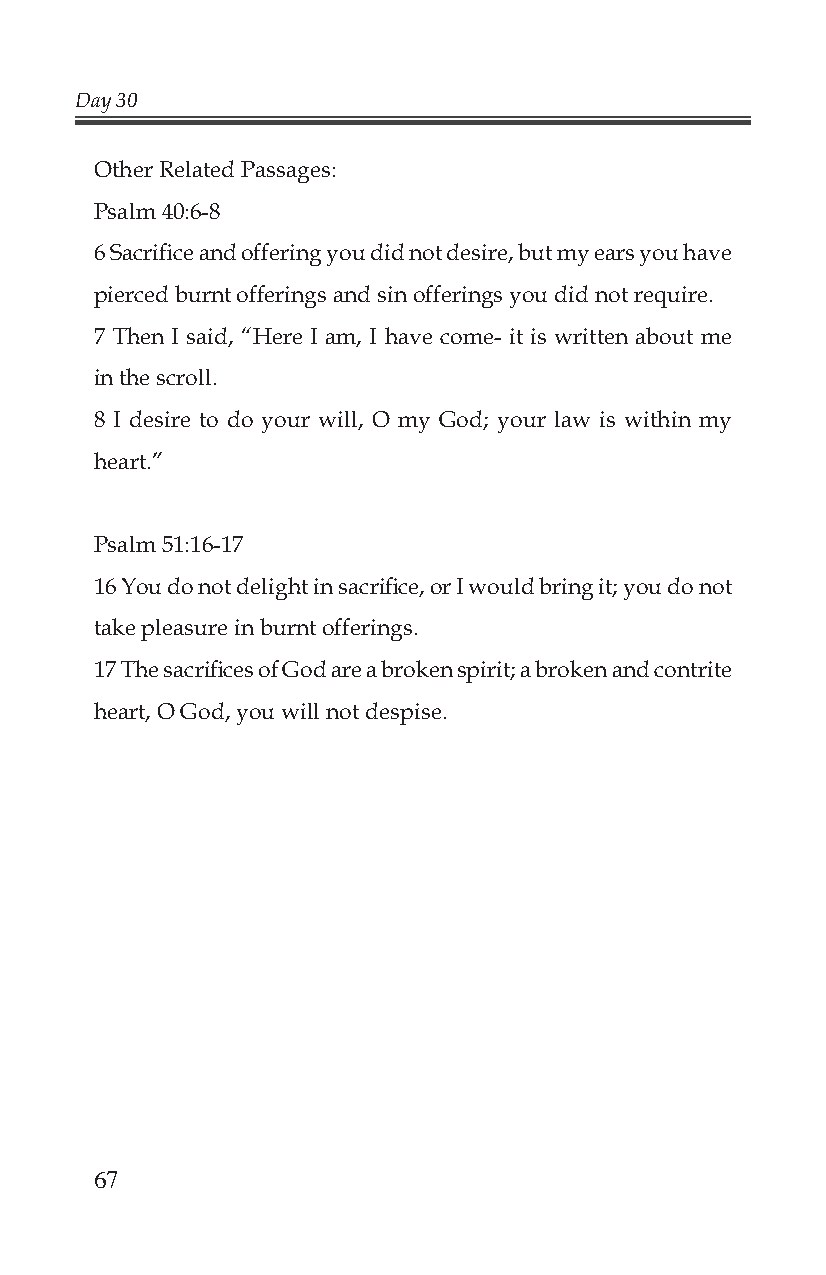
Day 30
 Other Related Passages:
 Psalm 40:6-8
 6 Sacrifi ce and offering you did not desire, but my ears you have
 pierced burnt offerings and sin offerings you did not require.
 7 Then I said, “Here I am, I have come- it is written about me
 in the scroll.
 8 I desire to do your will, O my God; your law is within my
 heart.”
 Psalm 51:16-17
 16 You do not delight in sacrifi ce, or I would bring it; you do not
 take pleasure in burnt offerings.
 17 The sacrifi ces of God are a broken spirit; a broken and contrite
 heart, O God, you will not despise.
 67